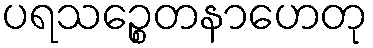
ပရသဉ္စေတနာဟေတု